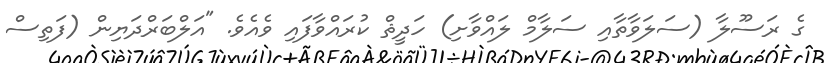
ގެ ރަސޫލާ (ސަލަވާތާއި ސަލާމް ލައްވާށި) ހަދީޘް ކުރައްވާފައި ވެއެވެ. "އަލްބަރްދަޔިން (ފަތިސް